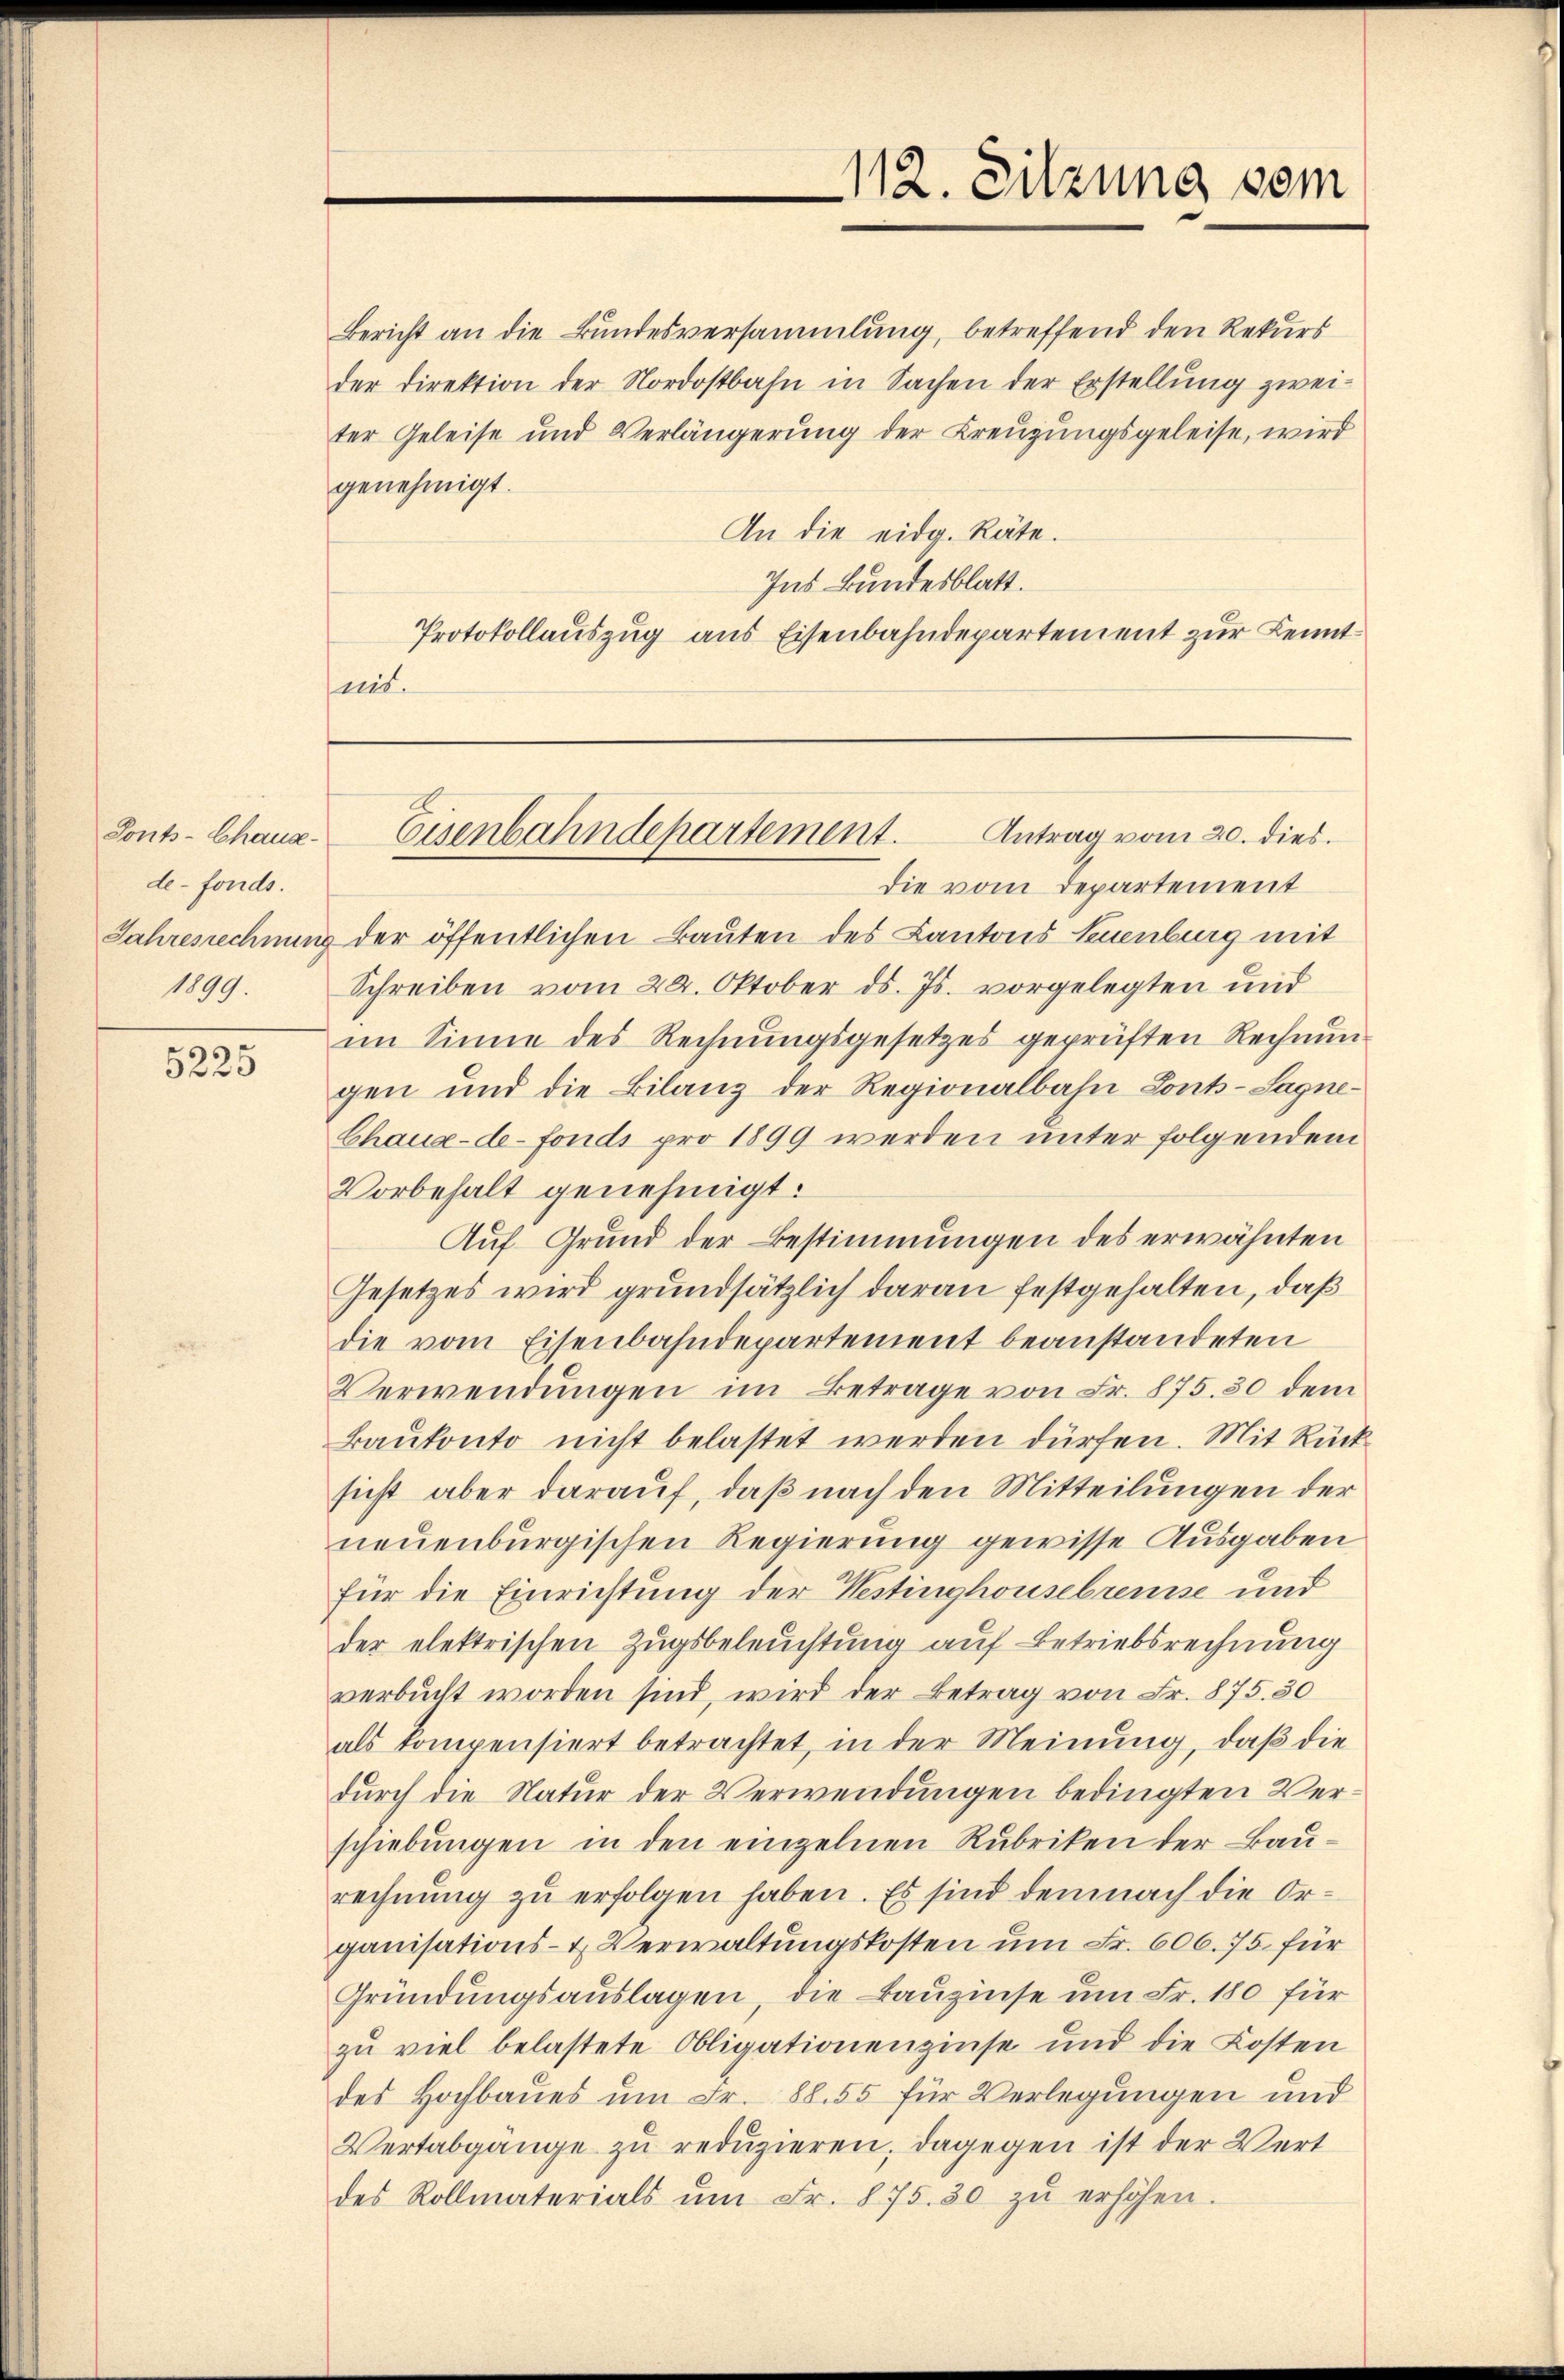
Ponts-Chaus-
de-fonds.
1899.

5225

Bericht an die Bundesversammlung, betreffend den Rekurs
der Direktion der Nordostbahn in Sachen der Erstellung zwei-
ter Geleise und Verlängerung der Kreuzungsgeleise, wird
genehmigt.
An die eidg. Räte.
Ins Bundesblatt.
Protokollauszug aus Eisenbahndepartement zur Kenntmit.

die vom Departement
Jahresrechnung der öffentlichen Bauten des Kantons Neuenburg mit
Schreiben vom 24. Oktober ds. Js. vorgelegten und
im Sinne des Rechnungsgesetzes geprüften Rechnungen und die Bilanz der Regionalbahn Lonts-Sagne¬
Chaux-de-Fonds pro 1899 werden unter folgendem
Vorbehalt genehmigt.
Auf Grund der Bestimmungen des erwähnten
Gesetzes wird grundsätzlich daran festgehalten, daß
die vom Eisenbahndepartement beanstandeten
Verwendŭngen im Betrage von Fr. 875. 30 dem
Baukonto nicht belastet werden dürfen. Mit Rücksicht aber darauf, daß nach den Mitteilungen der
neuenburgischen Regierung gewisse Ausgaben
für die Einrichtung der Nestinghousebremse und
der elektrischen Zugsbeleuchtung auf Betriebsrechnung
verbucht worden sind, wird der Betrag von Fr. 875. 30
als kompensiert betrachtet, in der Meinung, daß die
durch die Natur der Verwendungen bedingten Verschiebungen in den einzelnen Rubriken der Bau-
rechnung zu erfolgen haben. Es sind demnach die Organisations- & Verwaltungskosten um Fr. 606. 75. für
Gründungsauslagen, die Bauzinse um Fr. 180 für
zu viel belastete Obligationenzinse und die Kosten
des Hochbaues um Fr. 88. 55 für Verlegungen und
Vertabgänge zu reduzieren, dagegen ist der Vert
des Rollmaterials ŭm Fr. 875. 30 zŭ erhöhen.

112. Sitzung vom

Antrag vom 20. dies.
Eisenbahndepartement.